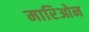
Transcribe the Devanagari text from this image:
मारिओन